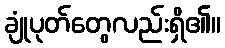
ချုံပုတ်တွေလည်းရှိ၏။